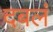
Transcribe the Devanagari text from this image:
दबलं